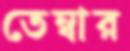
তেম্বার